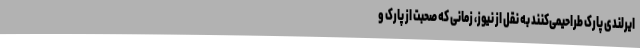
ایرلندی پارک طراحیمی‌کنند به نقل از نیوز، زمانی که صحبت از پارک و